Statistical return of the lunatic asylum in Assam - 1912-1932
Year: 1912
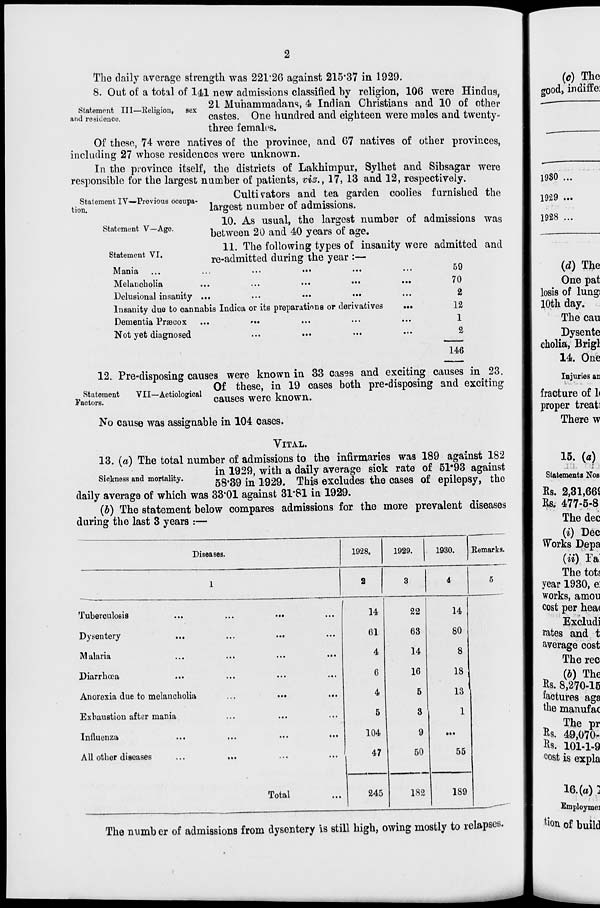
The daily average strength was 221*26 against 215-37 in 1929.
8. Out of a total of 1^1 new admissions classified by religion, 106 were Hindus,
<*„*„ J. TTT T? r •
21 Muhammadans, 4 Indian Christians and 10 of other
fetatemont 111—Religion, sex
.
,-\
i
i -i
i • • ,
i
i
vuv^
and residence.
castes. One hundred and eighteen were males and twenty-
three females.
Of these, 74 were natives of the province, and G7 natives of other provinces,
including 27 whose residences were unknown.
In the province itself, the districts of Lakhimpur, Sylhet and Sibsagar were
responsible for the largest number of patients, vis., 17, 13 and 12, respectively.
Cultivators and tea garden coolies furnished the
largest number of admissions.
10. As usual, the largest number of admissions was
between 20 and 40 years of age.
11. The following types of insanity were admitted and
re-admitted during the year :—
Statement IV—Previous occupa-
tion.
Statement V—Age.
Statement VI.
Mania ...
...
•••
••■
Melancholia
Delusional insanity ...
Insanity due to cannabis Indica or its preparations or derivatives
Dementia Prsecox ...
-••
Not yet diagnosed
59
70
2
12
1
2
146
12. Pre-disposing causes were known in 33 cases and exciting causes in 23.
Of these, in 19 cases both pre-disposing and exciting
Statement
VII—Aetioloeioal
i
Factors.
causes were known.
No cause was assignable in 104 cases.
VITAL.
13. (a) The total number of admissions to the infirmaries was 189 against 182
in 1929, with a daily average sick rate of 51*93 against
Sickness and mortality.
^^ ^ ig2g
This eXcludeg the caseg o£ epilepsy, tho
daily average of which was 33*01 against 31*81 in 1929.
(b) The statement below compares admissions for the more prevalent diseases
during the last 3 years :—
Diseases.
1928.
1929.
1930.
Remarks.
2
4
Tuberculosis
Dysentery
M alaria
Diarrhoea
Anorexia due to melancholia
Exhaustion after mania
Influenza
All other diseases
14
22
61
63
4
14
6
16
4
5
5
3
104
9
47 |
50
Total
14
80
8
18
13
1
55
245
182
189
The numb er of admissions from dysentery is still high, owing mostly to relapses.